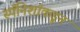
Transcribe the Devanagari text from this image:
स्पॅनिशांकडून